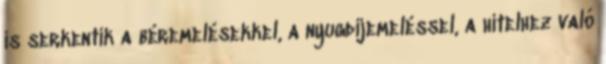
is serkentik a béremelésekkel, a nyugdíjemeléssel, a hitelhez való